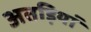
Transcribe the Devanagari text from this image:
अतड़ियां